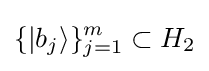
\{|{b_{j}}\rangle \}_{j=1}^{m}\subset H_{2}